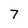
Character: 7